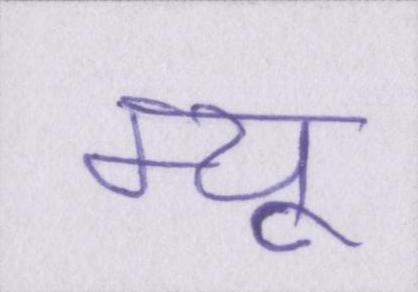
म्यू